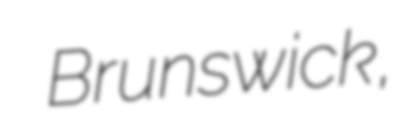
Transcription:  Brunswick,